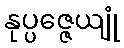
နုပ္ပဇ္ဇေယျုံ